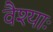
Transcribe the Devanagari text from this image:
वैश्याः